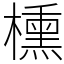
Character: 櫄